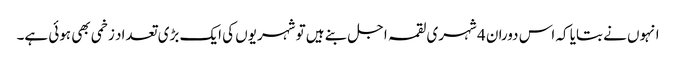
انہوں نے بتایا کہ اس دوران 4 شہری لقمہ اجل بنے ہیں تو شہریوں کی ایک بڑی تعداد زخمی بھی ہوئی ہے۔